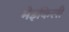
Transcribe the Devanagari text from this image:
मेइकिली